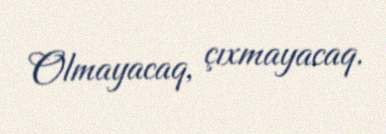
Olmayacaq, çıxmayacaq.